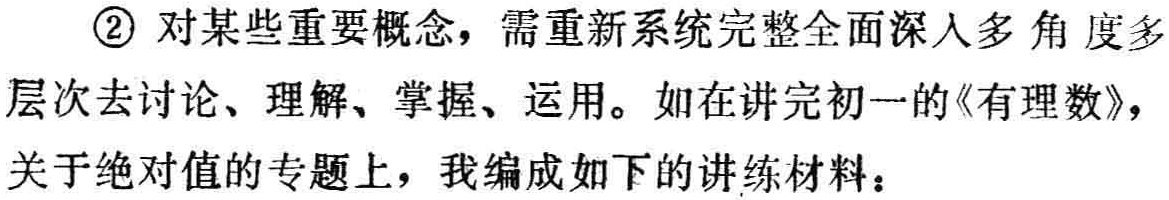
\textcircled{2} 对某些重要概念，需重新系统完整全面深入多角度多层次去讨论、理解、掌握、运用。如在讲完初一的《有理数》，关于绝对值的专题上，我编成如下的讲练材料：